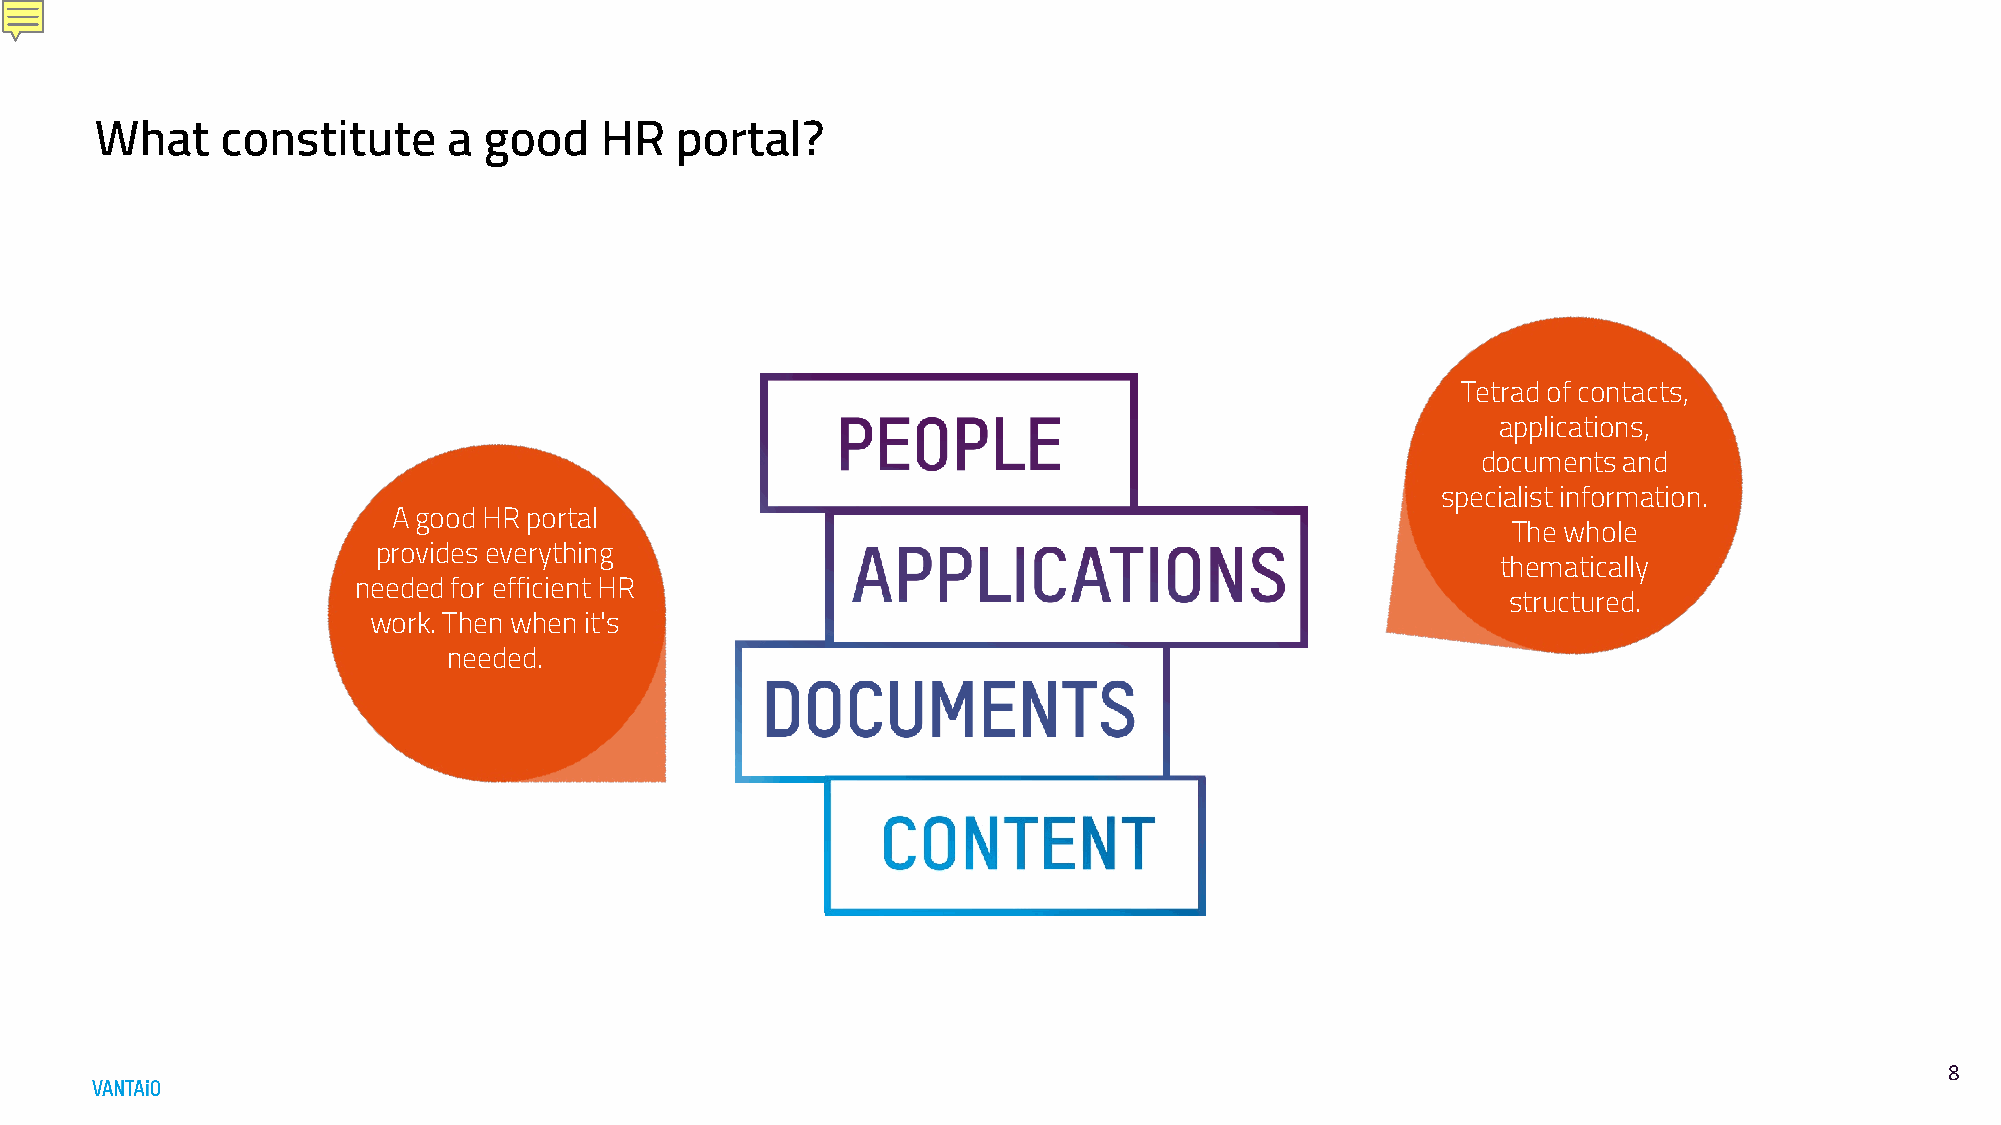
What     constitute     a good    HR   portal?
 Tetrad of contacts,
 applications,
 documents and
 specialist information.
 A good HR portal
 The whole
 provides everything
 thematically
 needed for efficient HR
 structured.
 work. Then when it's
 needed.
 88